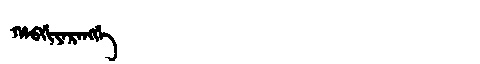
Manchu: ᡥᠠᠪᡤᡳᠶᠠᡵᠠᠩᡤᡝ
Romanization: HABGIYARANGGE